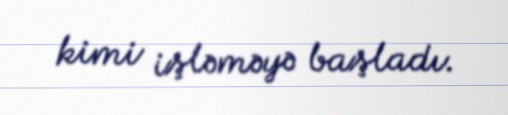
kimi işləməyə başladı.